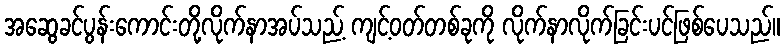
အဆွေခင်ပွန်းကောင်းတို့လိုက်နာအပ်သည့် ကျင့်ဝတ်တစ်ခုကို လိုက်နာလိုက်ခြင်းပင်ဖြစ်ပေသည်။